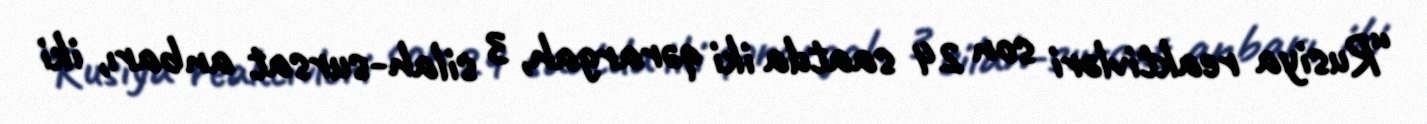
“Rusiya reaktivləri son 24 saatda iki qərargah, 3 silah-sursat anbarı, iki